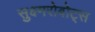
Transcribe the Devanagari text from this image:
सुक्ष्मरोबोट्स